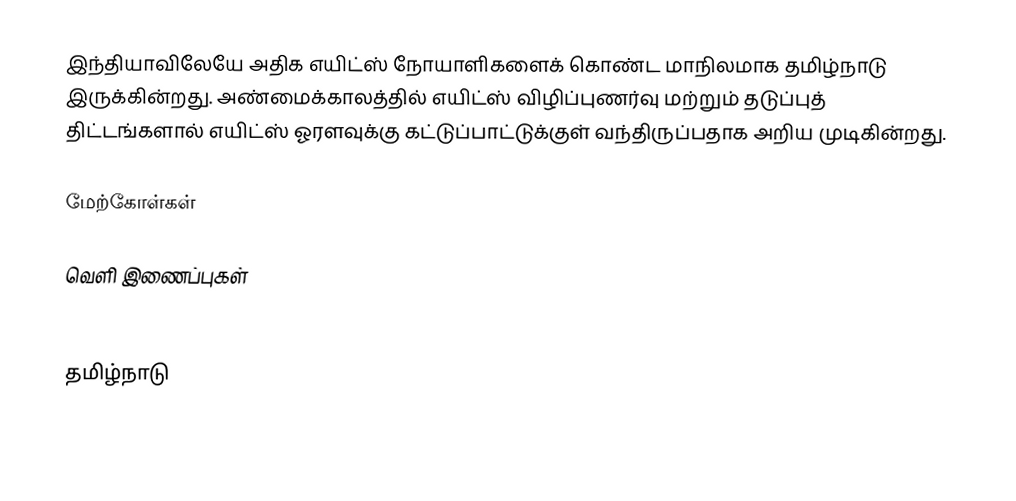
இந்தியாவிலேயே அதிக எயிட்ஸ் நோயாளிகளைக் கொண்ட மாநிலமாக தமிழ்நாடு இருக்கின்றது.  அண்மைக்காலத்தில் எயிட்ஸ் விழிப்புணர்வு மற்றும் தடுப்புத் திட்டங்களால் எயிட்ஸ் ஓரளவுக்கு கட்டுப்பாட்டுக்குள் வந்திருப்பதாக அறிய முடிகின்றது.

மேற்கோள்கள்

வெளி இணைப்புகள்
 TamilNadu Responds to HIV/AIDS

தமிழ்நாடு